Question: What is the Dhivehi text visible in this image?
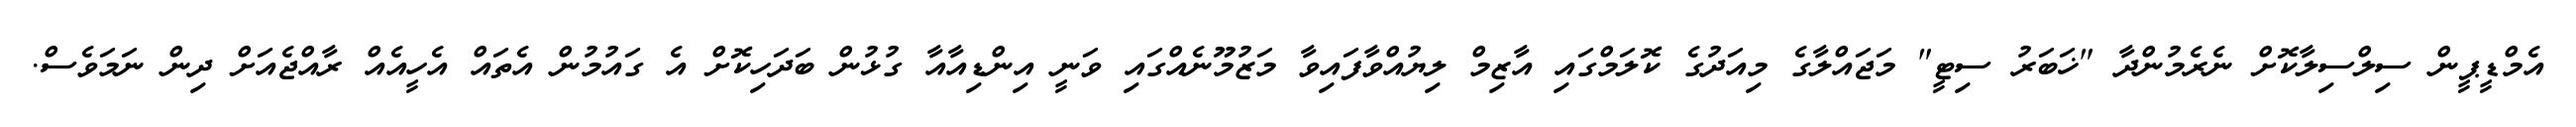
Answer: އެމްޑީޕީން ސިލްސިލާކޮށް ނެރެމުންދާ "ޚަބަރު ސިޓީ" މަޖައްލާގެ މިއަދުގެ ކޮލަމްގައި އާޒިމް ލިޔުއްވާފައިވާ މަޒުމޫނެއްގައި ވަނީ އިންޑިއާއާ ގުޅުން ބަދަހިކޮށް އެ ގައުމުން އެތައް އެހީއެއް ރާއްޖެއަށް ދިން ނަމަވެސް.